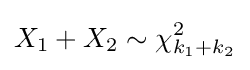
X_{1}+X_{2}\sim \chi _{k_{1}+k_{2}}^{2}